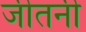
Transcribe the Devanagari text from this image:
जीतनी